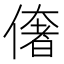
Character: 𠍽